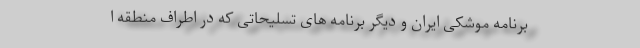
برنامه موشکی ایران و دیگر برنامه های تسلیحاتی که در اطراف منطقه ا